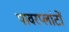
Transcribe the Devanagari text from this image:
पावरप्लांटों